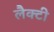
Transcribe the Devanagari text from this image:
लैक्टी